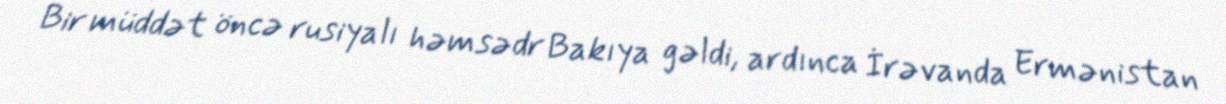
Bir müddət öncə rusiyalı həmsədr Bakıya gəldi, ardınca İrəvanda Ermənistan